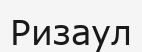
Ризаул